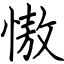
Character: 慠